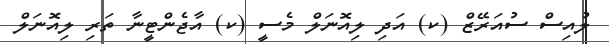
ލުއިސް ސުއަރޭޒް (ކ) އަދި ލިއޮނަލް މެސީ (ކ) އާޖެންޓީނާ ތަރި ލިއޮނަލް